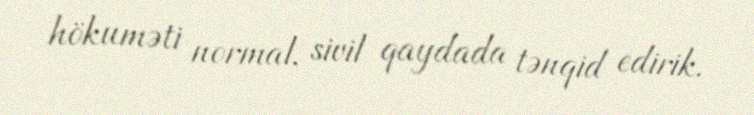
hökuməti normal, sivil qaydada tənqid edirik.